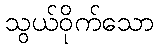
သွယ်ဝိုက်သော